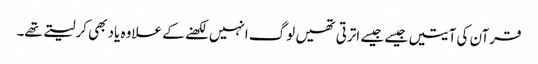
قرآن کی آیتیں جیسے جیسے اترتی تھیں لوگ انہیں لکھنے کے علاوہ یاد بھی کرلیتے تھے۔